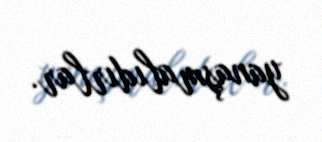
yanaşmalıdırlar.